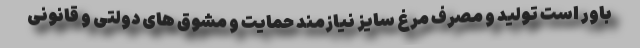
باور است تولید و مصرف مرغ سایز نیازمند حمایت و مشوق های دولتی و قانونی